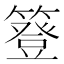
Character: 簦